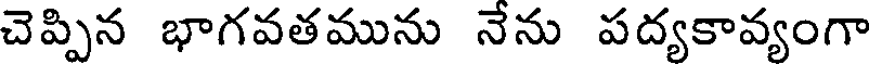
చెప్పిన భాగవతమును నేను పద్యకావ్యంగా